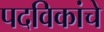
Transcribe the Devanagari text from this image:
पदविकांचे